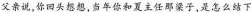
父亲说，你回头想想，当年你和夏主任那梁子，是怎么结下